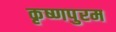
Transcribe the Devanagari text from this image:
कृष्णपुरम